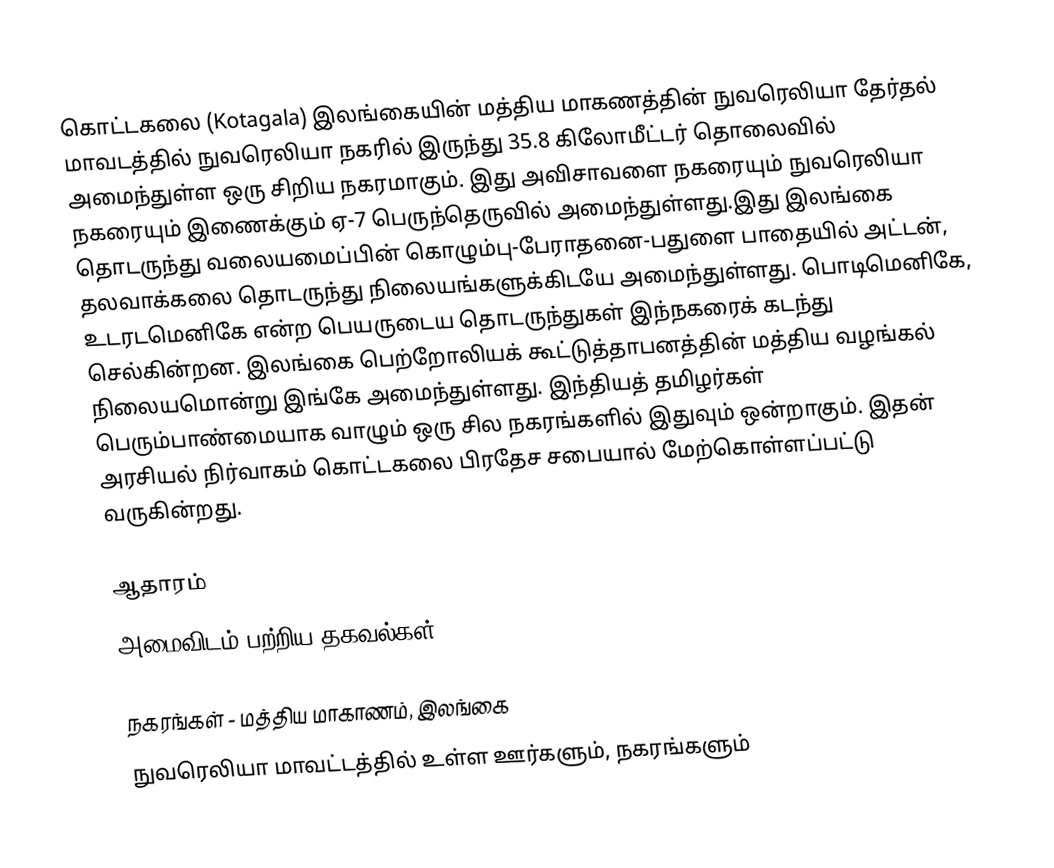
கொட்டகலை (Kotagala) இலங்கையின் மத்திய மாகணத்தின்  நுவரெலியா தேர்தல் மாவடத்தில் நுவரெலியா நகரில் இருந்து 35.8 கிலோமீட்டர் தொலைவில் அமைந்துள்ள ஒரு சிறிய நகரமாகும். இது அவிசாவளை நகரையும் நுவரெலியா நகரையும் இணைக்கும் ஏ-7 பெருந்தெருவில் அமைந்துள்ளது.இது இலங்கை தொடருந்து வலையமைப்பின் கொழும்பு-பேராதனை-பதுளை பாதையில் அட்டன், தலவாக்கலை தொடருந்து நிலையங்களுக்கிடயே அமைந்துள்ளது. பொடிமெனிகே,   உடரடமெனிகே என்ற பெயருடைய தொடருந்துகள் இந்நகரைக் கடந்து செல்கின்றன. இலங்கை பெற்றோலியக் கூட்டுத்தாபனத்தின் மத்திய வழங்கல் நிலையமொன்று இங்கே அமைந்துள்ளது. இந்தியத் தமிழர்கள் பெரும்பாண்மையாக வாழும் ஒரு சில நகரங்களில் இதுவும் ஒன்றாகும். இதன் அரசியல் நிர்வாகம் கொட்டகலை பிரதேச சபையால் மேற்கொள்ளப்பட்டு வருகின்றது.

ஆதாரம்
அமைவிடம் பற்றிய தகவல்கள்

நகரங்கள் - மத்திய மாகாணம், இலங்கை
நுவரெலியா மாவட்டத்தில் உள்ள ஊர்களும், நகரங்களும்